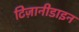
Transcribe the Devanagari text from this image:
टिज़ानीडाइन